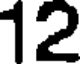
12